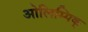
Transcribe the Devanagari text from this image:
ओलिम्पिक्